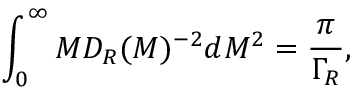
\int _ { 0 } ^ { \infty } M { \cal D } _ { R } ( M ) ^ { - 2 } d M ^ { 2 } = \frac { \pi } { \Gamma _ { R } } ,